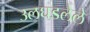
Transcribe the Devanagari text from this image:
उलघडलेले